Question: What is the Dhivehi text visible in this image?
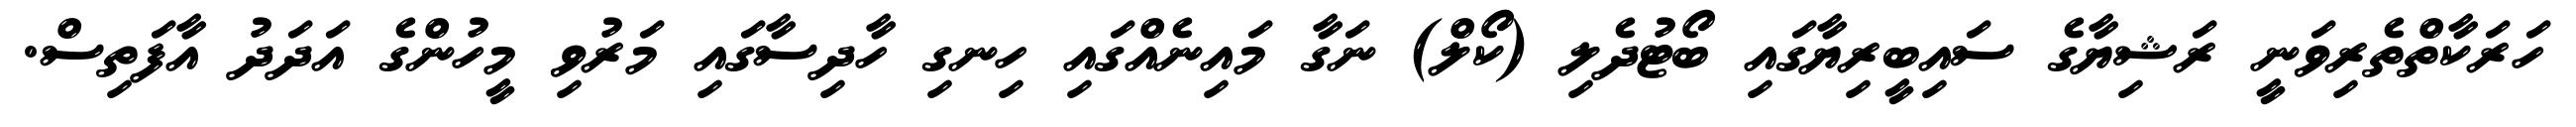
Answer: ހަރަކާތްތެރިވަނީ ރަޝިޔާގެ ސައިބީރިޔާގައި ބޯޓުދެލި (ކޯލް) ނަގާ މައިނެއްގައި ހިނގި ހާދިސާގައި މަރުވި މީހުންގެ އަދަދު އާފަތިސް.